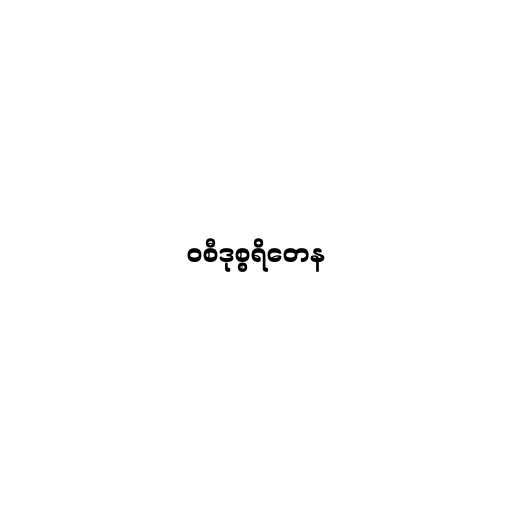
ဝစီဒုစ္စရိတေန